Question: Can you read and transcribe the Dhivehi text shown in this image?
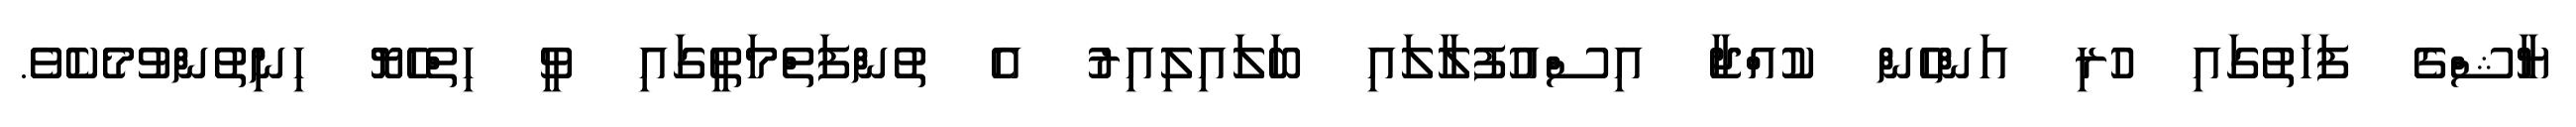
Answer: ޔާޝްގެ ފަހަތުގައި ހުރި އަންހެން ކުއްޖާ އިސްއުފުލާލައި ބަލައިލިއިރު އެ ތުންފަތްމަތީގައި ވީ ހިތްހެޔޮ ހިނިތުންވުމެކެވެ.